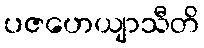
ပဇဟေယျာသီတိ